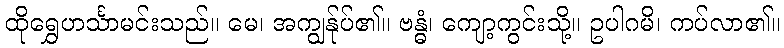
ထိုရွှေဟင်္သာမင်းသည်။ မေ၊ အကျွန်ုပ်၏။ ဗန္ဓံ၊ ကျော့ကွင်းသို့။ ဥပါဂမိ၊ ကပ်လာ၏။